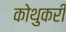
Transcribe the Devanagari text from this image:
कोथुकरी